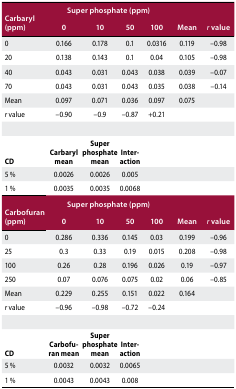
<table><thead><tr><td rowspan="2"><b>Carbaryl (ppm)</b></td><td colspan="6"><b>Super phosphate (ppm)</b></td></tr><tr><td><b>0</b></td><td><b>10</b></td><td><b>50</b></td><td><b>100</b></td><td><b>Mean</b></td><td><b><i>r</i> value</b></td></tr></thead><tbody><tr><td>0</td><td>0.166</td><td>0.178</td><td>0.1</td><td>0.0316</td><td>0.119</td><td>−0.98</td></tr><tr><td>20</td><td>0.138</td><td>0.143</td><td>0.1</td><td>0.04</td><td>0.105</td><td>−0.98</td></tr><tr><td>40</td><td>0.043</td><td>0.031</td><td>0.043</td><td>0.038</td><td>0.039</td><td>−0.07</td></tr><tr><td>70</td><td>0.043</td><td>0.031</td><td>0.043</td><td>0.035</td><td>0.038</td><td>−0.14</td></tr><tr><td>Mean</td><td>0.097</td><td>0.071</td><td>0.036</td><td>0.097</td><td>0.075</td><td></td></tr><tr><td><i>r</i> value</td><td>−0.90</td><td>−0.9</td><td>−0.87</td><td>+0.21</td><td></td><td></td></tr><tr><td><b>CD</b></td><td><b>Carbaryl mean</b></td><td><b>Super phosphate mean</b></td><td><b>Interaction</b></td><td></td><td></td><td></td></tr><tr><td>5%</td><td>0.0026</td><td>0.0026</td><td>0.005</td><td></td><td></td><td></td></tr><tr><td>1%</td><td>0.0035</td><td>0.0035</td><td>0.0068</td><td></td><td></td><td></td></tr><tr><td rowspan="2"><b>Carbofuran (ppm)</b></td><td colspan="6"><b>Super phosphate (ppm)</b></td></tr><tr><td><b>0</b></td><td><b>10</b></td><td><b>50</b></td><td><b>100</b></td><td><b>Mean</b></td><td><b><i>r</i> value</b></td></tr><tr><td>0</td><td>0.286</td><td>0.336</td><td>0.145</td><td>0.03</td><td>0.199</td><td>−0.96</td></tr><tr><td>25</td><td>0.3</td><td>0.33</td><td>0.19</td><td>0.015</td><td>0.208</td><td>−0.98</td></tr><tr><td>100</td><td>0.26</td><td>0.28</td><td>0.196</td><td>0.026</td><td>0.19</td><td>−0.97</td></tr><tr><td>250</td><td>0.07</td><td>0.076</td><td>0.075</td><td>0.02</td><td>0.06</td><td>−0.85</td></tr><tr><td>Mean</td><td>0.229</td><td>0.255</td><td>0.151</td><td>0.022</td><td>0.164</td><td></td></tr><tr><td><i>r</i> value</td><td>−0.96</td><td>−0.98</td><td>−0.72</td><td>−0.24</td><td></td><td></td></tr><tr><td><b>CD</b></td><td><b>Carbofuran mean</b></td><td><b>Super phosphate mean</b></td><td><b>Interaction</b></td><td></td><td></td><td></td></tr><tr><td>5%</td><td>0.0032</td><td>0.0032</td><td>0.0065</td><td></td><td></td><td></td></tr><tr><td>1%</td><td>0.0043</td><td>0.0043</td><td>0.008</td><td></td><td></td><td></td></tr></tbody></table>